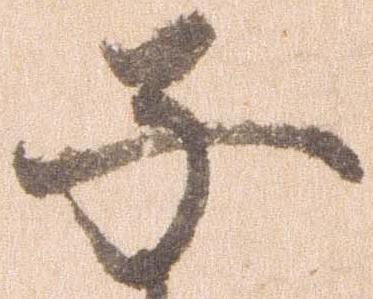
子